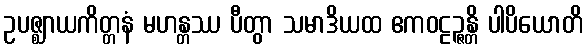
ဥပဇ္ဈာယကိတ္တနံ မဟန္တဿ ပီတွာ သမာဒိယထ ဧကဝဠဉ္ဇန္တိ ပါပိယောတိ